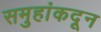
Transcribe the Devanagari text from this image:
समुहांकदून